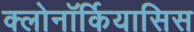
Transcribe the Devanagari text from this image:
क्लोनॉर्कियासिस